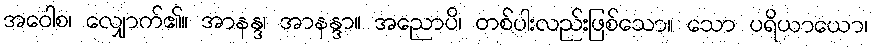
အဝေါစ၊ လျှောက်၏။ အာနန္ဒ၊ အာနန္ဒာ။ အညောပိ၊ တစ်ပါးလည်းဖြစ်သော။ သော ပရိယာယော၊